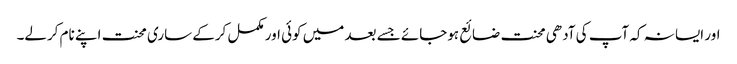
اور ایسا نہ کہ آپ کی آدھی محنت ضائع ہوجائے جسے بعد میں کوئی اور مکمل کرکے ساری محنت اپنے نام کرلے۔